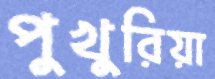
পুখুরিয়া